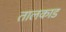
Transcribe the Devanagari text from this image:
तालकाड